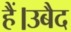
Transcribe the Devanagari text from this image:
हैं।उबैद